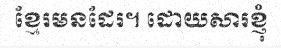
ខ្មែរមនដែរ។ ដោយសារខ្ញុំ